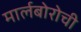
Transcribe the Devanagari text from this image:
मार्लबोरोची